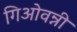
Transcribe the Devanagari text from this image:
गिओवन्नी